Vaabina_vallavalitsus, lk 134
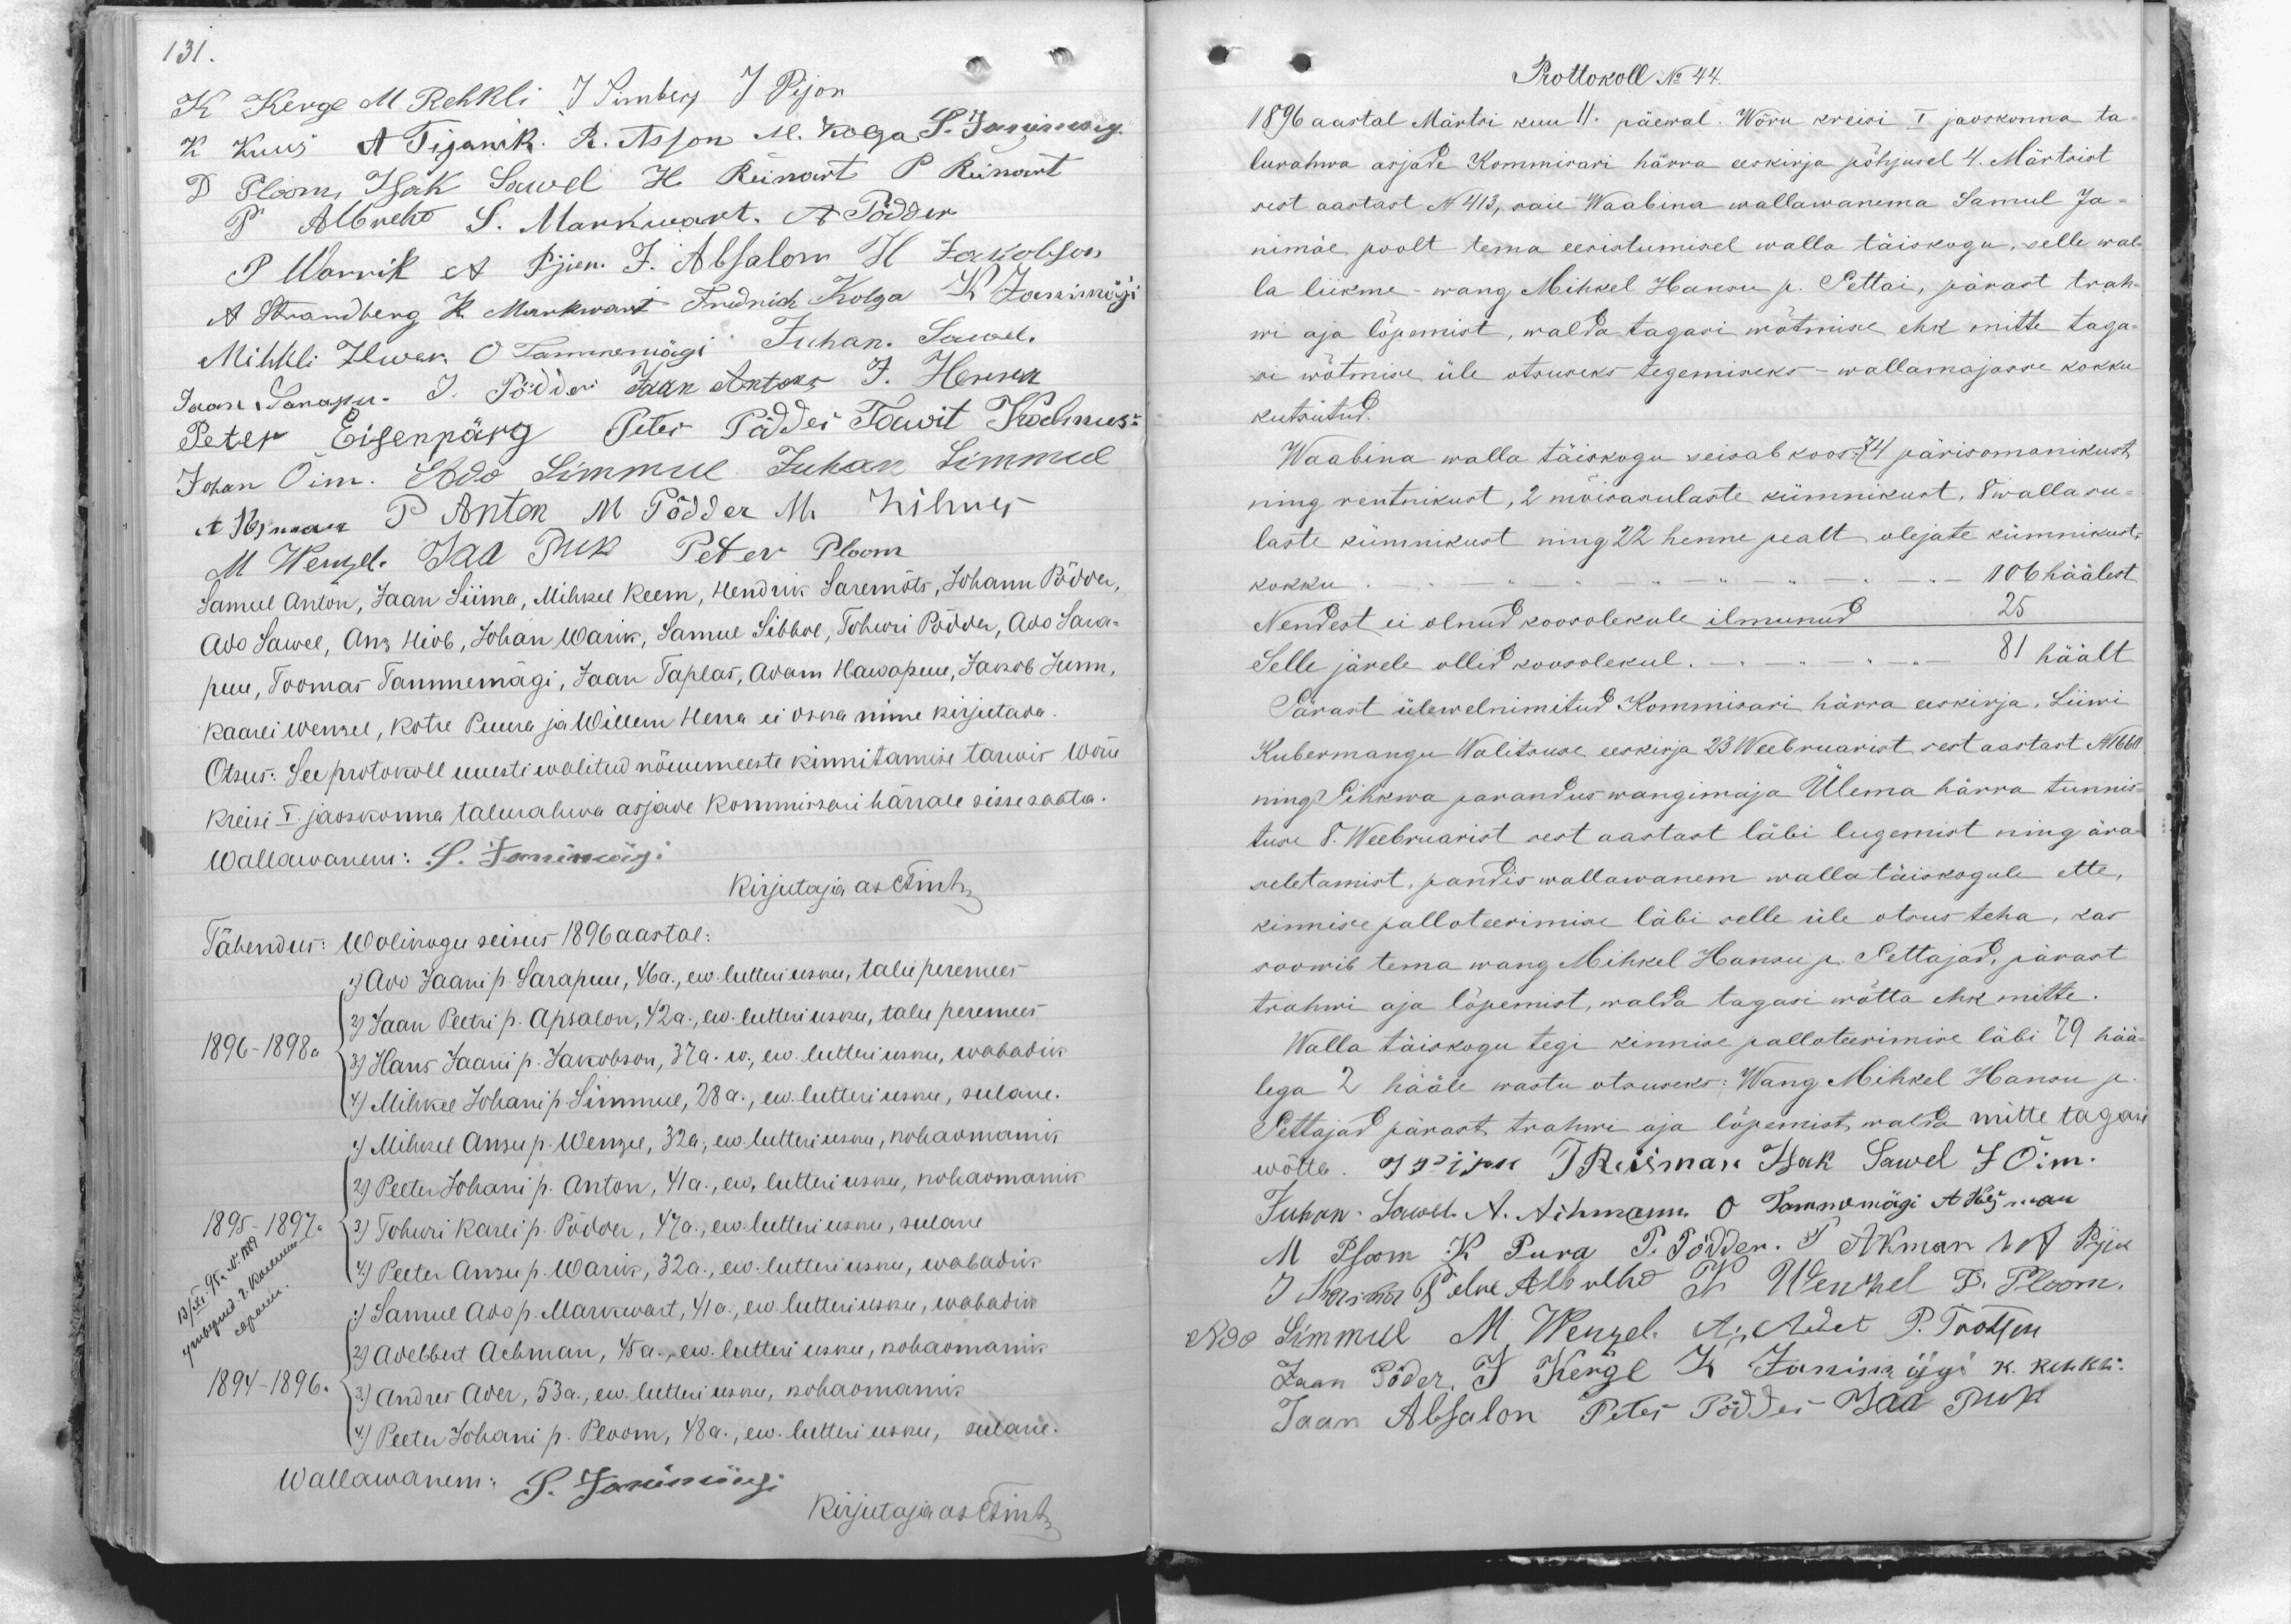
131.

K Kerge M Rehkli J Simberg J Pijon
K Kuus A Tiganik. R. Asson M. Kolga P. Ignins
D Ploom, Isak Sawel H Reinart P Reinart
P Albreht S. Markwart. A Põdder
P Warrik N Pijen. J. Absalon H. Jakobson
A Strandberg K Markwart Friedrich Kolga K Janimägi
Mihkli Ilwer O Tammemägi Juhan. Sawel.
Jaan Sarapu- J. Põdder Jaan Antons J. Herwar
Peter Eisenpärg Peter Põdder Tawit Kalmus-
Johan Oim. Ado Simmul Juhan Simmul
A. Heymann P. Anton M. Põdder M. Wihur
M. Wengel. Jaa Puk Peter Ploom
Samul Anton, Jaan Liima, Mihkel Keem, Hendrik Saremõts, Johann Põdder,
Ado Sawel, Ans Hiob, Johan Warik, Samuel Libbre, Tohuri Pödder, Ado Sara-
puu, Toomas Tammemägi, Jaan Taplas, Adam Hawapuu, Jakob Junn,
Kaarli Wensel, Kotre Puura ja Willem Herra ei oska nime kirjutada.
Otsus: See protokoll uuesti walitud nõuumeeste kinnitamise tarwis Wõru
kreisi E. jaoskonna talurahva asjade Kommissari härrale sissesaata.
Wallawanem: S. Janimägi
kirjutaja as Ann
Tähendus: Wolikogu seisus 1896 aastal:
1) Ado Jaani p. Sarapuu, 42a, ew. lutteri usku, talu peremees
2) Jaan Peetri p. Absalon, 42a., ew. luteri usku, talu peremees
1896 - 1898a
3) Hans Jaani p. Jakobson, 37a. ew., ew. lutteri usku, wabadik
7) Mihkel Johann p. Simmul, 28 a., ew. luteri usku, sulane.
1) Mihkel Ansu p. Wengel, 32a, ew. luteri usku, kohaomanik
2) Peeter Johani p. Anton, 41a., ew, lutteri usku, kohaomanik
1895 - 1897a 3) Tohuri Karli p. Põdder, 47a., ew. lutteri usku, sulane
4) Peeter Ansu p. Warik, 32a., ew. luteri usku, wabadik
1) Samuel Ado p. Markwart, 41a. ew. luteri usku, wabadik
3) Adelbert Aihman, 45 a., ew. luteri usku, kohaomanik
1894 - 1896.
3) Andres Ader, 53a., ew. lutteri usku, kohaomanik
7) Peeter Johanni p. Ploom, 48a., ew. lutteri usku, sulane.
Wallawanem: S. Janimägi
kirjutaja asetint-

Prottokoll No 44.
1896 aastal Märtsi kuu 11. päewal. Wõru kreisi I jaoskonna ta-
lurahwa asjade Kommisari härra eeskirja põhjusel 4. Märtsist
sest aastast N 413, saie Waabina wallawanema Samuel Ja-
nimäe poolt tema eesistumisel walla täiskogu, selle wal-
la liikme-wang Mihkel Hanson p. Pettai, pärast trah-
wi aja lõpemist, walda tagasi wõtmise ehk mitte taga-
si wõtmise üle otsuseks tegemiseks - wallamajasse kokku
kutsutud.
Waabina walla täiskogu seisab koos 74 pärisomanikust
ning rentnikust, 2 mõisasulaste kümnikust, 8 walla su-
laste kümnikust ning 22 henne pealt olejate kümnikust,
kokku. - " - 106 häälest,
Nendest ei olnud koosolekule ilmunud 25
Selle järele ollid koosolekul. - . - . - . - . - 81 häält.
Pärast ülewelnimitud Kommisari härra eeskirja, Liiwi
Kubermangu Walitsuse eeskirja 23 Weebruarist, sest aastast N166b
ning Pihkwa parandus wangimaja Ülema härra tunnis-
tuse 8. Weebruarist sest aastast läbi lugemist ning ära-
seletamist, pandis wallawanem walla täiskogule ette,
kinnise palloteerimise läbi selle üle otsus teha, kas
soowib tema wang Mihkel Hansu p. Pettajad, pärast
trahwi aja lõpemist, walda tagasi wõtta ehk mitte.
Walla täiskogu tegi kinnise pallateerimise läbi 7) hää-
lega 2 hääle wastu otsuseks: Wang Mihkel Hansu ja
Pettajad pärast trahwi aja lõpemist, walda mitte tagasi
wõtte. II-iiku J Reisman Hak Sawel J. Õim
Juhan Sawel. A. Aihmann O. Tammemägi A. Kernau
M. Ploom K. Pura P. Põdder. P Aman A Prik
J Normar P elve Abelbe J. Wendel D. Ploom.
Ado Simmul M Wengel. A. Adet P. Tootsen
Jaan Põder, J Kerge K Janimäggi K. Rehkli
Jaan Absalon Pites Põdder Jaa Puk